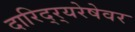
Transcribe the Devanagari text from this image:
दारिद्र्‍यरेषेवर